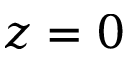
z = 0